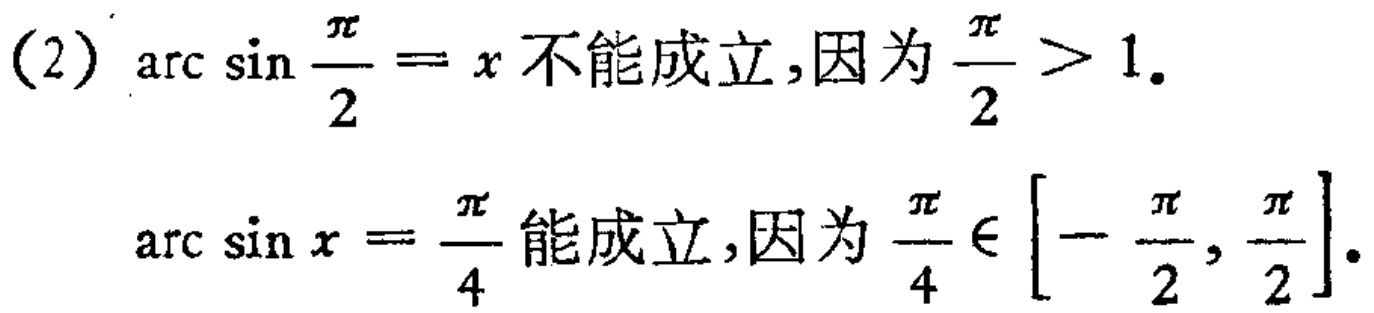
(2) $\arcsin\frac{\pi}{2}=x$不能成立,因为$\frac{\pi}{2}>1$.
$\arcsin x = \frac{\pi}{4}$能成立,因为$\frac{\pi}{4}\in\left[-\frac{\pi}{2},\frac{\pi}{2}\right]$.